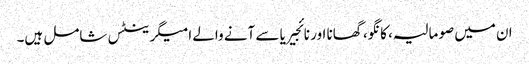
ان میں صومالیہ، کانگو، گھانا اور نائجیریا سے آنے والے امیگرینٹس شامل ہیں۔